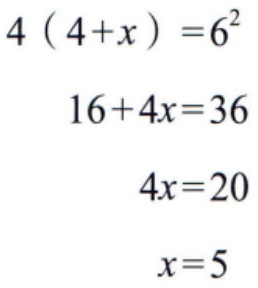
\[
\begin{align*}
4(4 + x)&=6^{2}\\
16 + 4x&=36\\
4x&=20\\
x&=5
\end{align*}
\]